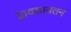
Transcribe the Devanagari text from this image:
द्वादशायतन